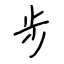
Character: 步